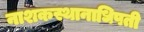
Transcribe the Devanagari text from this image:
नाशकस्थानाधिपती